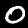
Label: 0